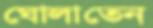
ঘোলাতেন